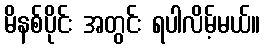
မိနစ်ပိုင်း အတွင်း ရပါလိမ့်မယ်။